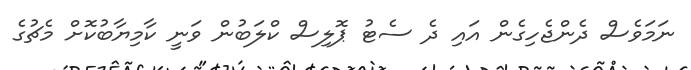
ނަމަވެސް ދެންޖެހިގެން އައި ދެ ސެޓު ޕޮލިސް ކްލަބުން ވަނީ ކާމިޔާބުކޮށް މެޗުގެ